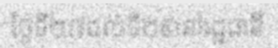
ថ្ងៃទី២៧ដល់ទី២៩នៅរដ្ឋធានី